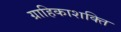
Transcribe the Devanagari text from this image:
ग्राहिकाशक्ति